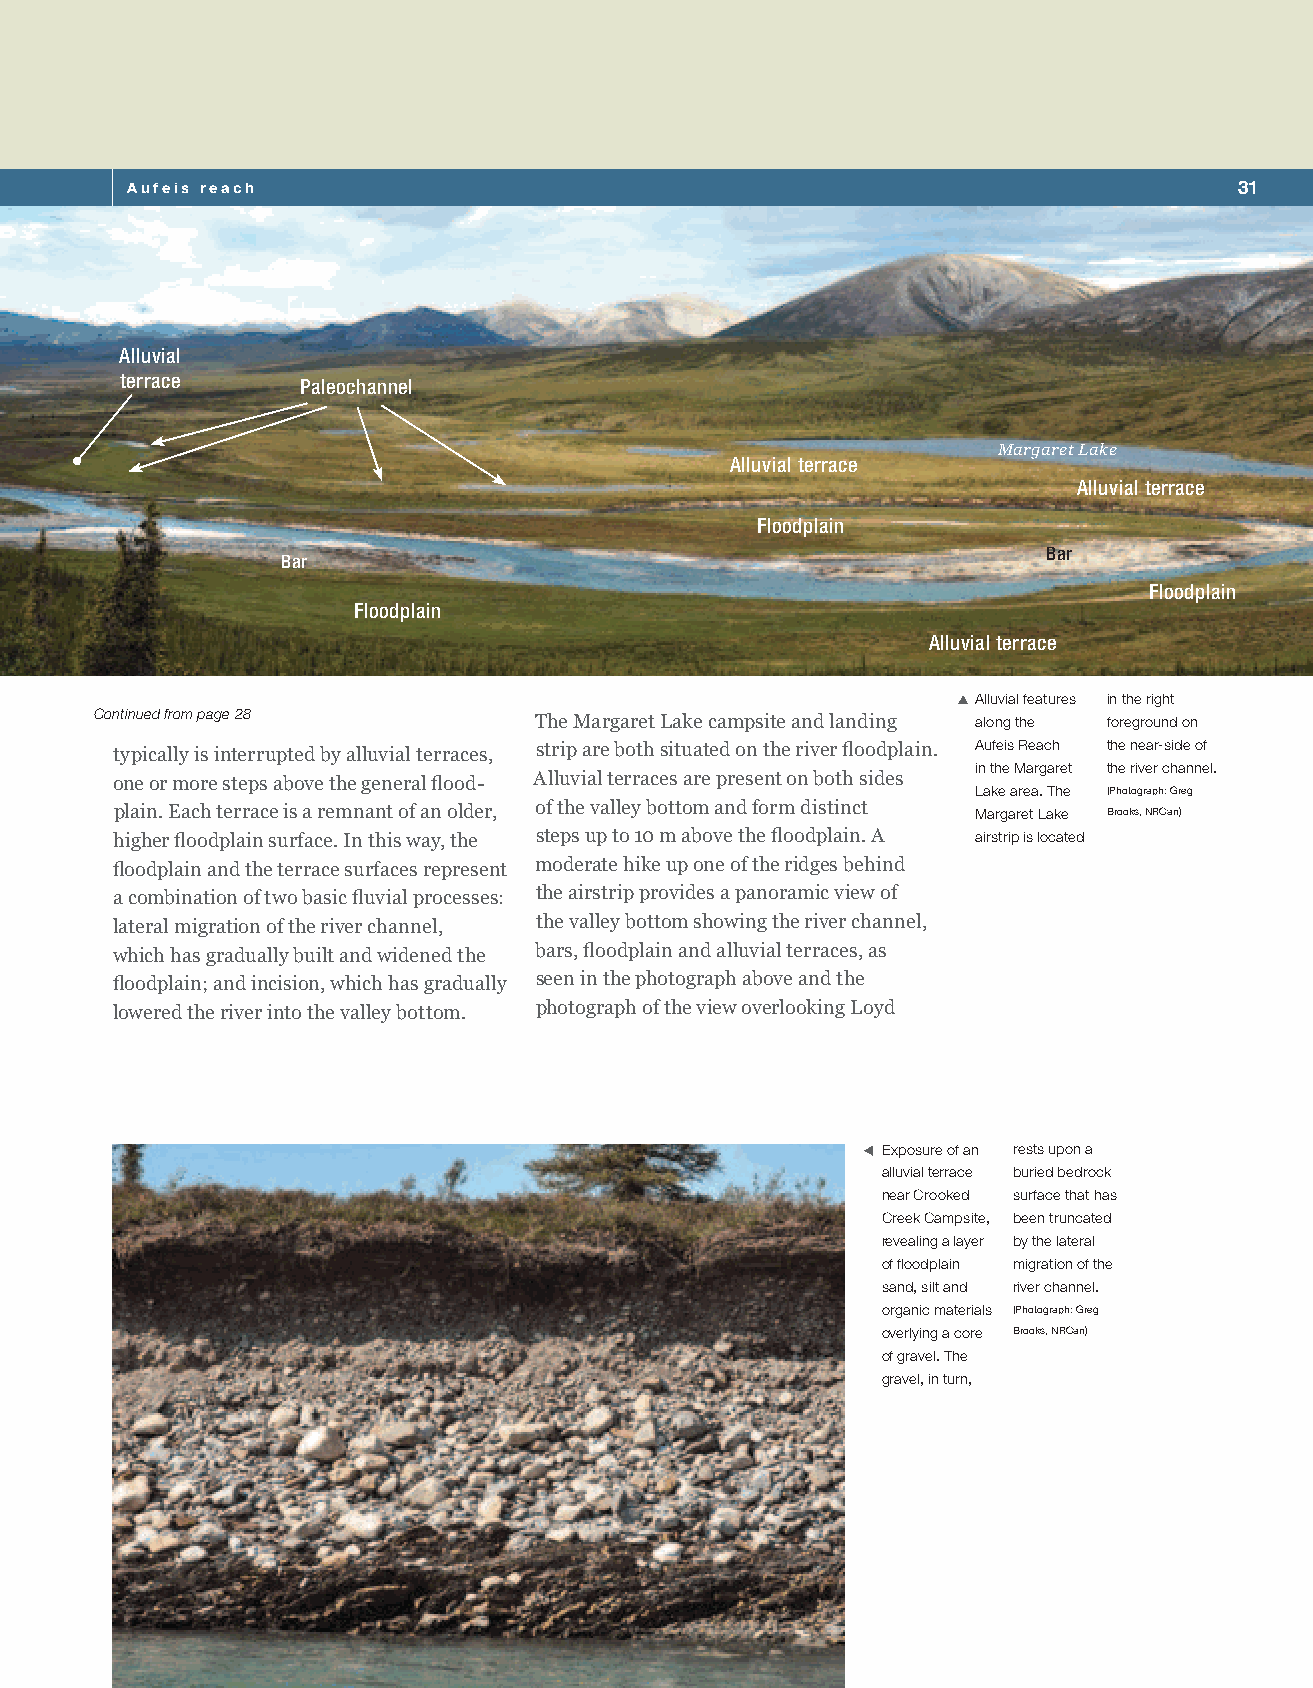
Aufeis reach                                                              31
 Alluvial
 terrace     Paleochannel
 Margaret Lake
 Alluvial terrace
 Alluvial terrace
 Floodplain
 Bar
 Bar
 Floodplain
 Floodplain
 Alluvial terrace
 SXAlluvial features in the right
 Continued from page 28
 The Margaret Lake campsite and landing along the foreground on
 typically is interrupted by alluvial terraces, strip are both situated on the river floodplain. Aufeis Reach the near-side of
 one or more steps above the general flood- Alluvial terraces are present on both sides
 in the Margaret the river channel.
 Lake area. The (Photograph: Greg
 plain. Each terrace is a remnant of an older, of the valley bottom and form distinct Margaret Lake Brooks, NRCan)
 higher floodplain surface. In this way, the steps up to 10 m above the floodplain. A airstrip is located
 floodplain and the terrace surfaces represent moderate hike up one of the ridges behind
 a combination of two basic fluvial processes: the airstrip provides a panoramic view of
 lateral migration of the river channel, the valley bottom showing the river channel,
 which has gradually built and widened the bars, floodplain and alluvial terraces, as
 floodplain; and incision, which has gradually seen in the photograph above and the
 lowered the river into the valley bottom. photograph of the view overlooking Loyd
 WXExposure of an rests upon a
 alluvial terrace buried bedrock
 near Crooked surface that has
 Creek Campsite, been truncated
 revealing a layer by the lateral
 of floodplain migration of the
 sand, silt and river channel.
 organic materials (Photograph: Greg
 overlying a core Brooks, NRCan)
 of gravel. The
 gravel, in turn,